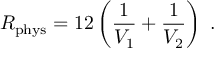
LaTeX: R _ { \mathrm { p h y s } } = 1 2 \left( \frac { 1 } { V _ { 1 } } + \frac { 1 } { V _ { 2 } } \right) \; .